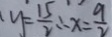
y = \frac { 1 5 } { 2 } \therefore x = \frac { 9 } { 2 }